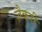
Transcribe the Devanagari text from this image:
ज़ैकरी